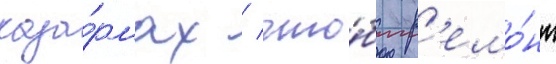
каза́рмах / что́бы р'емо́нт